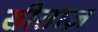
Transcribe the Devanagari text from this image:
सीताज़